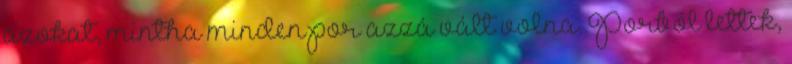
azokat, mintha minden por azzá vált volna. Porból lettek,